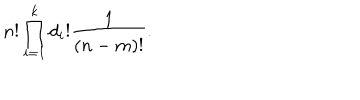
n ! \prod _ { i = 1 } ^ { k } d _ { i } ! { \frac { 1 } { ( n - m ) ! } } .